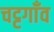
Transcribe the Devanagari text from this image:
चट्टगाँव